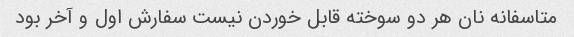
متاسفانه نان هر دو سوخته قابل خوردن نیست سفارش اول و آخر بود